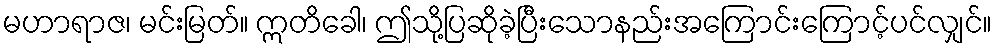
မဟာရာဇ၊ မင်းမြတ်။ ဣတိခေါ၊ ဤသို့ပြဆိုခဲ့ပြီးသောနည်းအကြောင်းကြောင့်ပင်လျှင်။